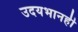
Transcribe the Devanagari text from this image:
उदयभानही